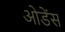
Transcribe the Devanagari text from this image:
ओडेंस